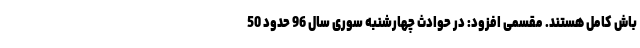
باش کامل هستند. مقسمی افزود: در حوادث چهارشنبه سوری سال 96 حدود 50